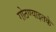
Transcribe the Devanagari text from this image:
गोठण्याइतके